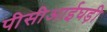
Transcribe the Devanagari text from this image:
पीसीआईघड़ी